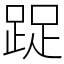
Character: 踀